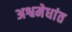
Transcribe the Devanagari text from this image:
अश्वमेधांत